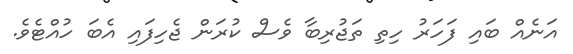
އަނެއް ބައި ފަހަރު ހިތި ތަޖުރިބާ ވެސް ކުރަން ޖެހިފައި އެބަ ހުއްޓެވެ.